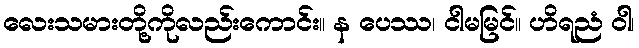
လေးသမားတို့ကိုလည်းကောင်း။ န ပေဿ၊ ငါမမြင်။ ဟိရညံ ဝါ၊